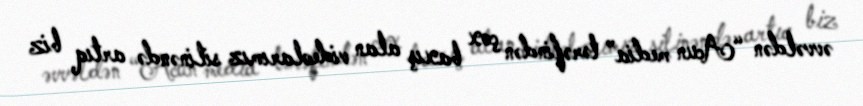
əvvəldən “Acun media” tərəfindən çox baxış alan videolarımız silinəndə artıq biz